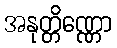
အနုတ္တိဏ္ဏော